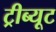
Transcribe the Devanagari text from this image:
ट्रीब्यूट